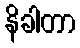
နိခါတာ